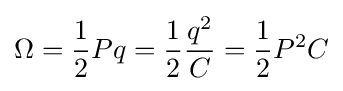
\Omega ={\frac {1}{2}}Pq={\frac {1}{2}}{\frac {q^{2}}{C}}={\frac {1}{2}}P^{2}C